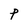
Character: P